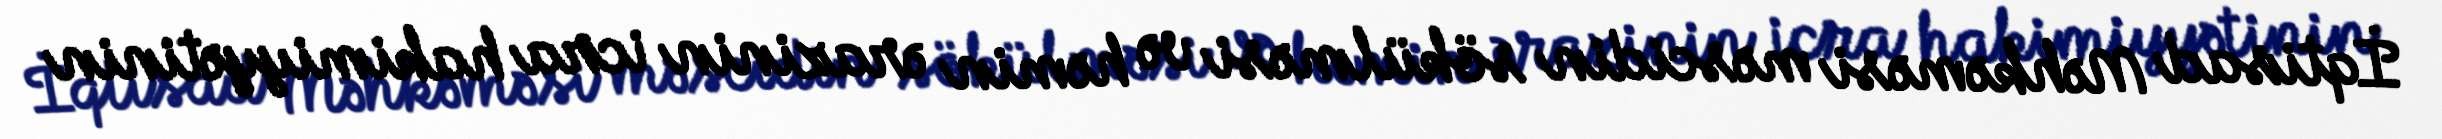
İqtisad Məhkəməsi məscidin sökülməsi və həmin ərazinin icra hakimiyyətinin